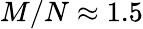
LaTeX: M/N\approx 1.5